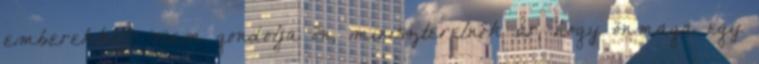
emberekkel? Nem gondolja ön, miniszterelnök úr, hogy önmaga egy